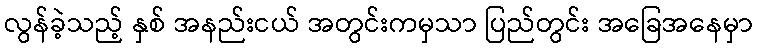
လွန်ခဲ့သည့် နှစ် အနည်းငယ် အတွင်းကမှသာ ပြည်တွင်း အခြေအနေမှာ